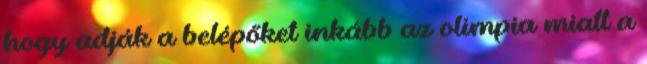
hogy adják a belépőket inkább az olimpia miatt a